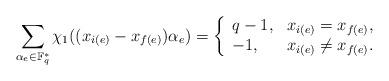
LaTeX: \begin{align*}\sum_{\alpha_e \in \mathbb F_q^*}\chi_1((x_{i(e)} - x_{f(e)} )\alpha_e) = \left\{\begin{array}{ll}q-1, & x_{i(e)} = x_{f(e)},\\-1, & x_{i(e)} \ne x_{f(e)}.\end{array}\right.\end{align*}